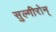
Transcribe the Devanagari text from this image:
सुल्गीरोन्